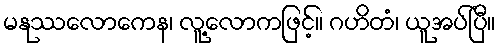
မနုဿလောကေန၊ လူ့လောကဖြင့်။ ဂဟိတံ၊ ယူအပ်ပြီ။